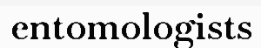
entomologists